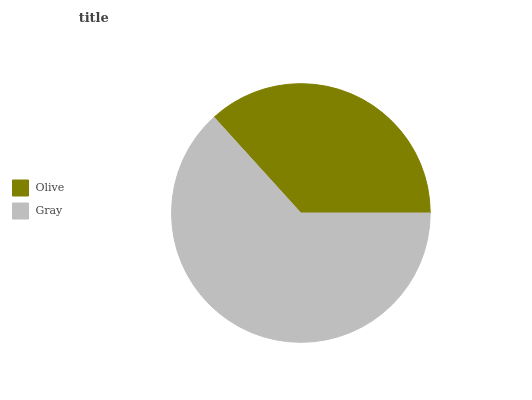
| Olive | Gray |
 | --- | --- |
 | 36.7% | 63.3% |